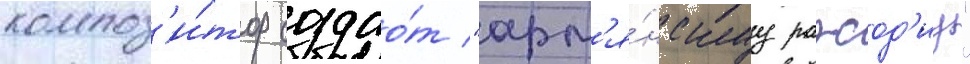
композ'и́тор создао́т "арм'я́нскуу рапсод'иу"